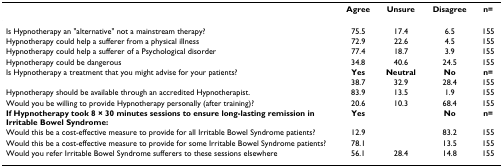
|  | Agree | Unsure | Disagree | n= |
 | --- | --- | --- | --- | --- |
 | Is Hypnotherapy an "alternative" not a mainstream therapy? | 75.5 | 17.4 | 6.5 | 155 |
 | Hypnotherapy could help a sufferer from a physical illness | 72.9 | 22.6 | 4.5 | 155 |
 | Hypnotherapy could help a sufferer of a Psychological disorder | 77.4 | 18.7 | 3.9 | 155 |
 | Hypnotherapy could be dangerous | 34.8 | 40.6 | 24.5 | 155 |
 | Is Hypnotherapy a treatment that you might advise for your patients? | Yes | Neutral | No | n= |
 |  | 38.7 | 32.9 | 28.4 | 155 |
 | Hypnotherapy should be available through an accredited Hypnotherapist. | 83.9 | 13.5 | 1.9 | 155 |
 | Would you be willing to provide Hypnotherapy personally (after training)? | 20.6 | 10.3 | 68.4 | 155 |
 | If Hypnotherapy took 8 × 30 minutes sessions to ensure long-lasting remission in Irritable Bowel Syndrome: | Yes |  | No | n= |
 | Would this be a cost-effective measure to provide for all Irritable Bowel Syndrome patients? | 12.9 |  | 83.2 | 155 |
 | Would this be a cost-effective measure to provide for some Irritable Bowel Syndrome patients? | 78.1 |  | 13.5 | 155 |
 | Would you refer Irritable Bowel Syndrome sufferers to these sessions elsewhere | 56.1 | 28.4 | 14.8 | 155 |